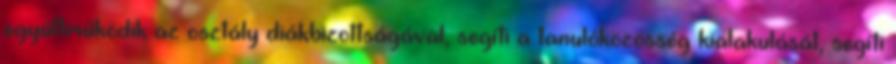
együttműködik az osztály diákbizottságával, segíti a tanulóközösség kialakulását, segíti